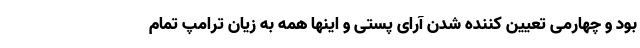
بود و چهارمی تعیین کننده شدن آرای پستی و اینها همه به زیان ترامپ تمام